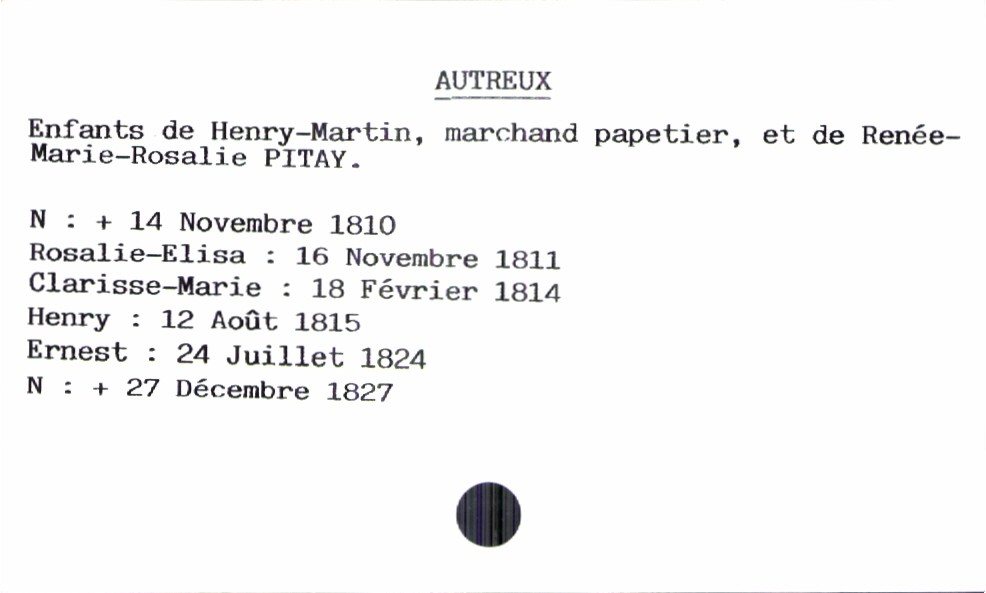
type_acte: Baptême
observations: Deux enfants morts nés : le 14 novembre 1810 et 27 décembre 1827
filiation: fils
enfant_prénom: Ernest
enfant_date_de_naissance: 27 décembre 1827
enfant_date_de_décès: 27 décembre 1827
père_enfant_nom: Autreux
père_enfant_prénom: Henry-Martin
père_enfant_profession: marchand papetier
mère_enfant_nom: Pitay
mère_enfant_prénom: Renée-Marie-Rosalie